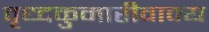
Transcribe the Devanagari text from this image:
वृध्दकुमारीवाक्य